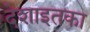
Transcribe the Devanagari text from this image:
देशाइतका